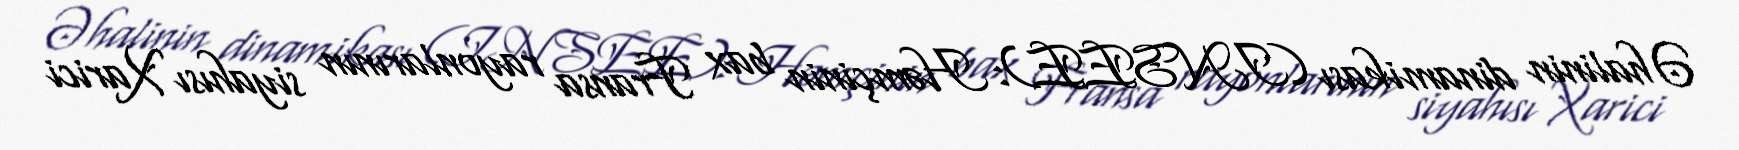
Əhalinin dinamikası (INSEE): Həmçinin bax Fransa rayonlarının siyahısı Xarici